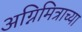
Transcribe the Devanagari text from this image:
अग्निमित्राच्या